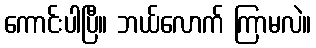
ကောင်းပါပြီ။ ဘယ်လောက် ကြာမလဲ။